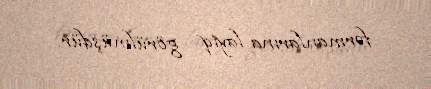
fərmanlarına layiq görülmüşdür.